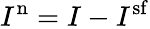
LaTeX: I^{\mathrm{n}}=I-I^{\mathrm{sf}}